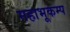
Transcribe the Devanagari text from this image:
महाभूकम्प